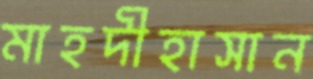
মাহদীহাসান